Mental hospitals Bombay report 1921-28 - 1921-1928
Year: 1921
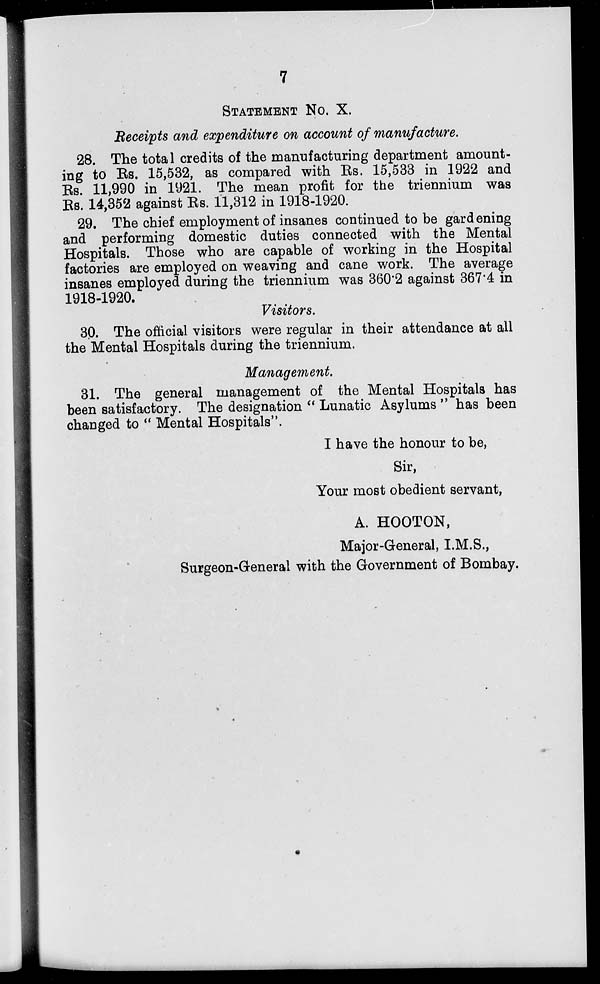
7
STATEMENT No. X.
Receipts and expenditure on account of manufacture.
28. The total credits of the manufacturing department amount-
ing to Rs. 15,532, as compared with Rs. 15,533 in 1922 and
Rs. 11,990 in 1921. The mean profit for the triennium was
Rs. 14,352 against Rs. 11,312 in 1918-1920.
29. The chief employment of insanes continued to be gardening
and performing domestic duties connected with the Mental
Hospitals. Those who are capable of working in the Hospital
factories are employed on weaving and cane work. The average
insanes employed during the triennium was 360.2 against 367.4 in
1918-1920.
Visitors.
30. The official visitors were regular in their attendance at all
the Mental Hospitals during the triennium.
Management.
31. The general management of the Mental Hospitals has
been satisfactory. The designation " Lunatic Asylums " has been
changed to " Mental Hospitals".
I have the honour to be,
Sir,
Your most obedient servant,
A. HOOTON,
Major-General, I.M.S.,
Surgeon-General with the Government of Bombay.